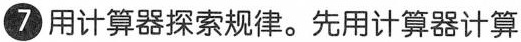
7用计算器探索规律。先用计算器计算